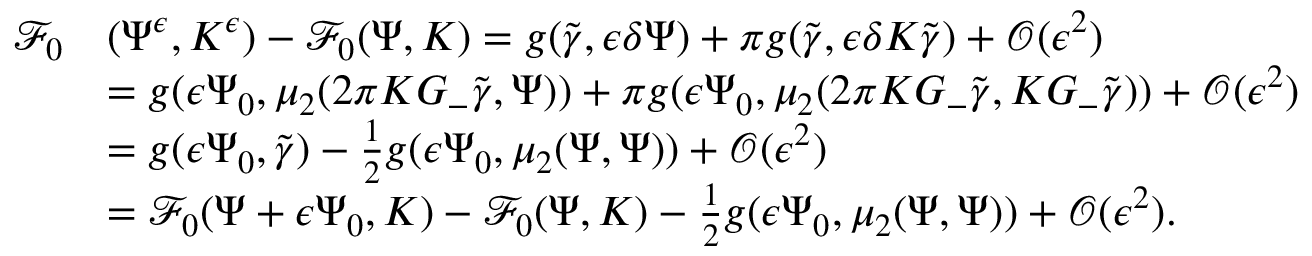
\begin{array} { r l } { \mathcal { F } _ { 0 } } & { ( \Psi ^ { \epsilon } , K ^ { \epsilon } ) - \mathcal { F } _ { 0 } ( \Psi , K ) = g ( \tilde { \gamma } , { \epsilon } \delta \Psi ) + \pi g ( \tilde { \gamma } , { \epsilon } \delta K \tilde { \gamma } ) + \mathcal { O } ( { \epsilon } ^ { 2 } ) } \\ & { = g ( { \epsilon } \Psi _ { 0 } , \mu _ { 2 } ( 2 \pi K G _ { - } \tilde { \gamma } , \Psi ) ) + \pi g ( { \epsilon } \Psi _ { 0 } , \mu _ { 2 } ( 2 \pi K G _ { - } \tilde { \gamma } , K G _ { - } \tilde { \gamma } ) ) + \mathcal { O } ( { \epsilon } ^ { 2 } ) } \\ & { = g ( { \epsilon } \Psi _ { 0 } , \tilde { { \gamma } } ) - \frac 1 2 g ( { \epsilon } \Psi _ { 0 } , \mu _ { 2 } ( \Psi , \Psi ) ) + \mathcal { O } ( { \epsilon } ^ { 2 } ) } \\ & { = \mathcal { F } _ { 0 } ( \Psi + { \epsilon } \Psi _ { 0 } , K ) - \mathcal { F } _ { 0 } ( \Psi , K ) - \frac 1 2 g ( { \epsilon } \Psi _ { 0 } , \mu _ { 2 } ( \Psi , \Psi ) ) + \mathcal { O } ( { \epsilon } ^ { 2 } ) . } \end{array}